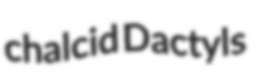
chalcid Dactyls